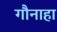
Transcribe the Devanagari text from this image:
गौनाहा